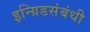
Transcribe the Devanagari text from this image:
इन्ग्रिडसंबंधी